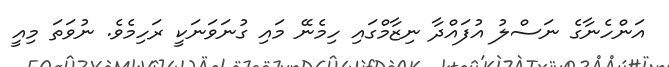
އަންހެނާގެ ނަސްލު އުފައްދާ ނިޒާމްގައި ހިމެނޭ މައި ގުނަވަނަކީ ރަހިމެވެ. ނުވަތަ މިއީ